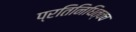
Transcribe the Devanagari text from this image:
प्रतिनिधित्वच